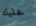
عليك